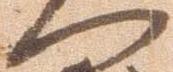
へ